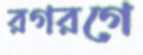
রগরগে